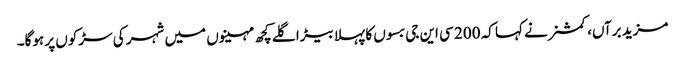
مزید برآں، کمشنر نے کہا کہ 200 سی این جی بسوں کا پہلا بیڑا گلے کچھ مہینوں میں شہر کی سڑکوں پر ہوگا۔